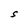
Character: S